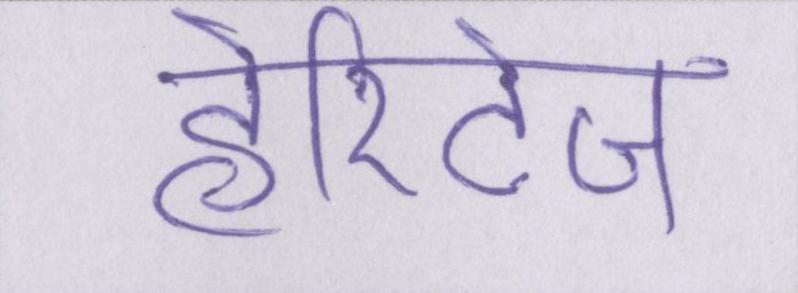
हेरिटेज